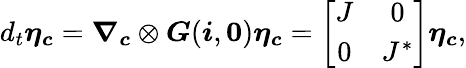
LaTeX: d_{t}\boldsymbol{\eta}_{\boldsymbol{c}}=\boldsymbol{\nabla}_{\boldsymbol{c}}\otimes\boldsymbol{G}({\boldsymbol{i}},\boldsymbol{0})\boldsymbol{\eta}_{\boldsymbol{c}}=\left[\begin{array}{cc}{J}&{0}\\ {0}&{J^{*}}\end{array}\right]\boldsymbol{\eta}_{\boldsymbol{c}},